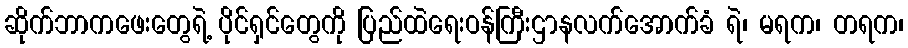
ဆိုက်ဘာကဖေးတွေရဲ့ ပိုင်ရှင်တွေကို ပြည်ထဲရေးဝန်ကြီးဌာနလက်အောက်ခံ ရဲ၊ မရက၊ တရက၊